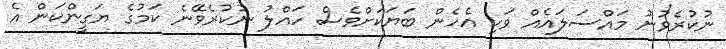
ނުކުރެވުނު މައްސަލައެއް ވަކި އެހެން ބަޔަަކަށްވެސް ހައްލު ނުކުރެވޭނެ ކަމުގެ ޔަގީންކަން އެ